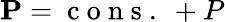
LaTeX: {\mathbf P}=\mathrm{~c~o~n~s~.~}+P